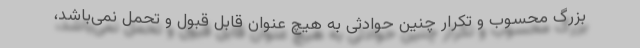
بزرگ محسوب و تکرار چنین حوادثی به هیچ عنوان قابل قبول و تحمل نمی‌باشد،